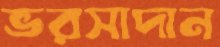
ভরসাদান